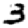
Digit: 3